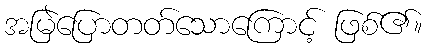
အမြဲပြောတတ်သောကြောင့် ဖြစ်၏။